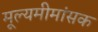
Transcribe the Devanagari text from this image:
मूल्यमीमांसक